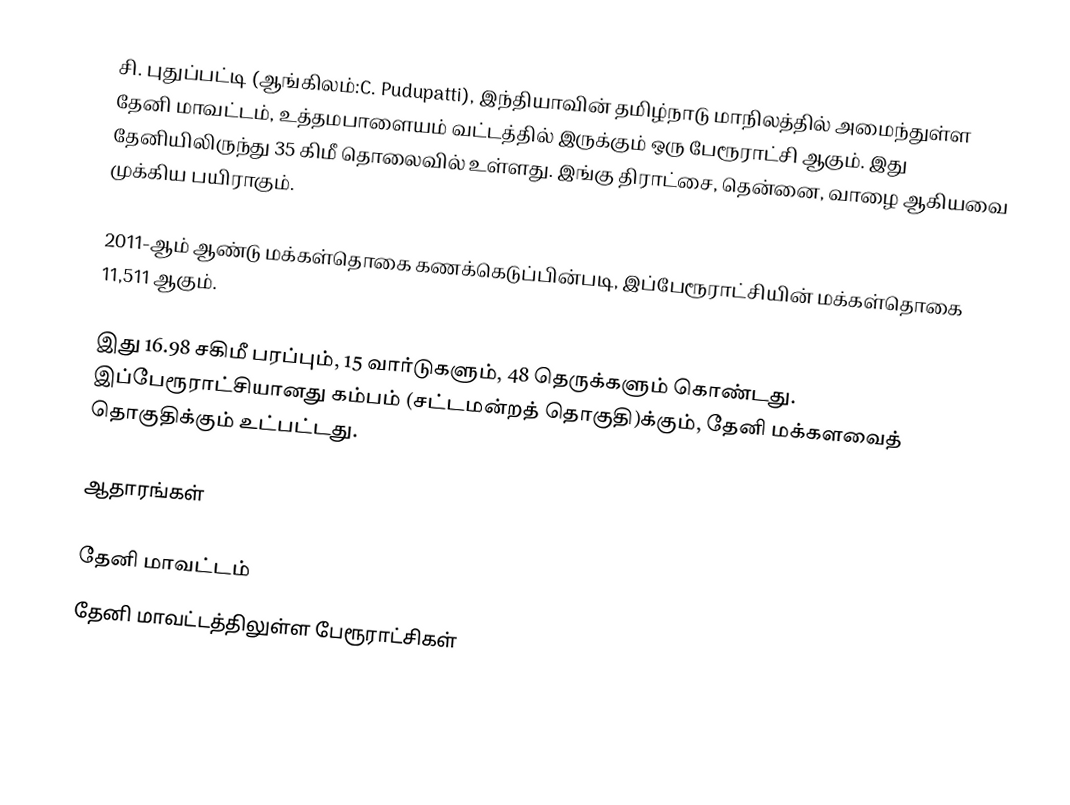
சி. புதுப்பட்டி (ஆங்கிலம்:C. Pudupatti), இந்தியாவின் தமிழ்நாடு மாநிலத்தில் அமைந்துள்ள தேனி மாவட்டம், உத்தமபாளையம் வட்டத்தில் இருக்கும் ஒரு பேரூராட்சி ஆகும். இது தேனியிலிருந்து 35 கிமீ தொலைவில் உள்ளது. இங்கு திராட்சை, தென்னை, வாழை ஆகியவை முக்கிய பயிராகும்.

2011-ஆம் ஆண்டு மக்கள்தொகை கணக்கெடுப்பின்படி,   இப்பேரூராட்சியின்   மக்கள்தொகை  11,511 ஆகும்.

இது 16.98 சகிமீ பரப்பும்,   15  வார்டுகளும், 48 தெருக்களும் கொண்டது. இப்பேரூராட்சியானது கம்பம் (சட்டமன்றத் தொகுதி)க்கும், தேனி மக்களவைத் தொகுதிக்கும் உட்பட்டது.

ஆதாரங்கள்

தேனி மாவட்டம்
தேனி மாவட்டத்திலுள்ள பேரூராட்சிகள்